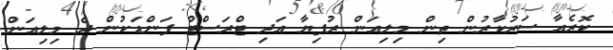
ކޮރެއާ ސަރުކާރުން ތިން މިލިއަން ރުފިޔާ އަދި ޓްރަސްޓް ފަންޑަކުން ދެ މިލިއަން